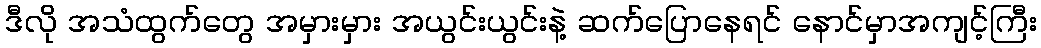
ဒီလို အသံထွက်တွေ အမှားမှား အယွင်းယွင်းနဲ့ ဆက်ပြောနေရင် နောင်မှာအကျင့်ကြီး